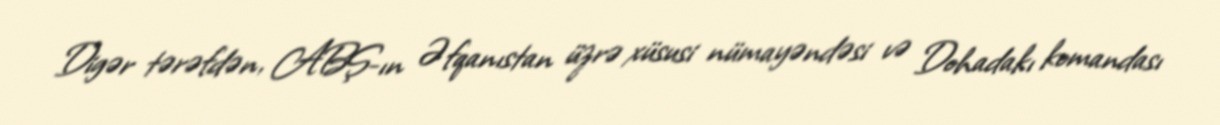
Digər tərəfdən, ABŞ-ın Əfqanıstan üzrə xüsusi nümayəndəsi və Dohadakı komandası